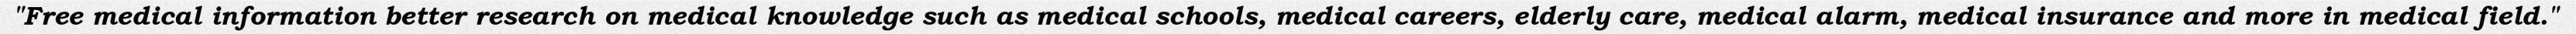
"Free medical information better research on medical knowledge such as medical schools, medical careers, elderly care, medical alarm, medical insurance and more in medical field."